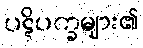
ပဋိပက္ခများ၏